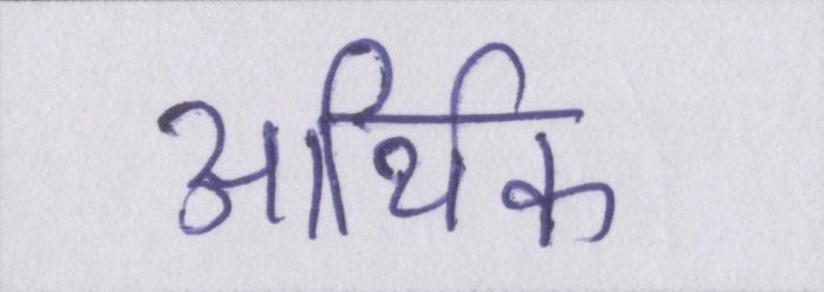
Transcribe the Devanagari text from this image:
आथि॑क